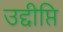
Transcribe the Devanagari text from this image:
उद्दीप्ति